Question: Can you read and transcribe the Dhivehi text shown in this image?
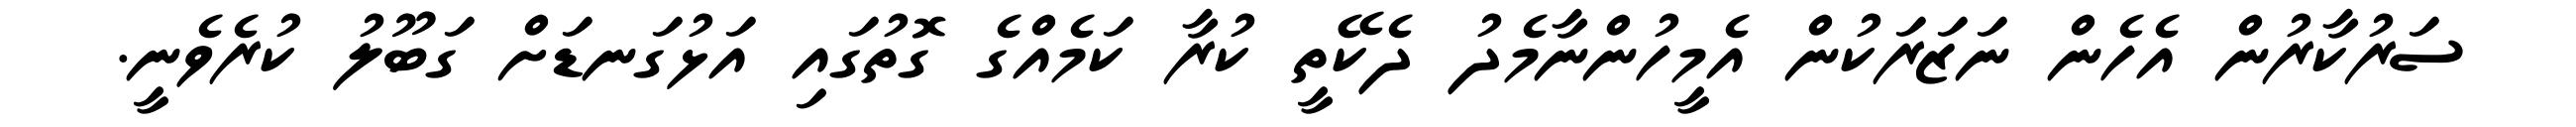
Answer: ސަރުކާރުން އެހެން ނަޒަރަކުން އެމީހުންނާމެދު ދެކޭތީ ކުރާ ކަމެއްގެ ގޮތުގައި އަޅުގަނޑަށް ގަބޫލު ކުރެވެނީ.